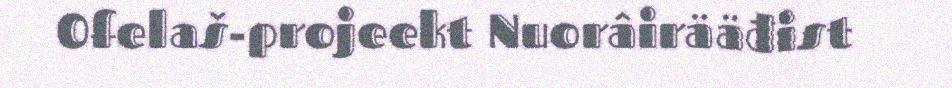
Ofelaš-projeekt Nuorâirääđist